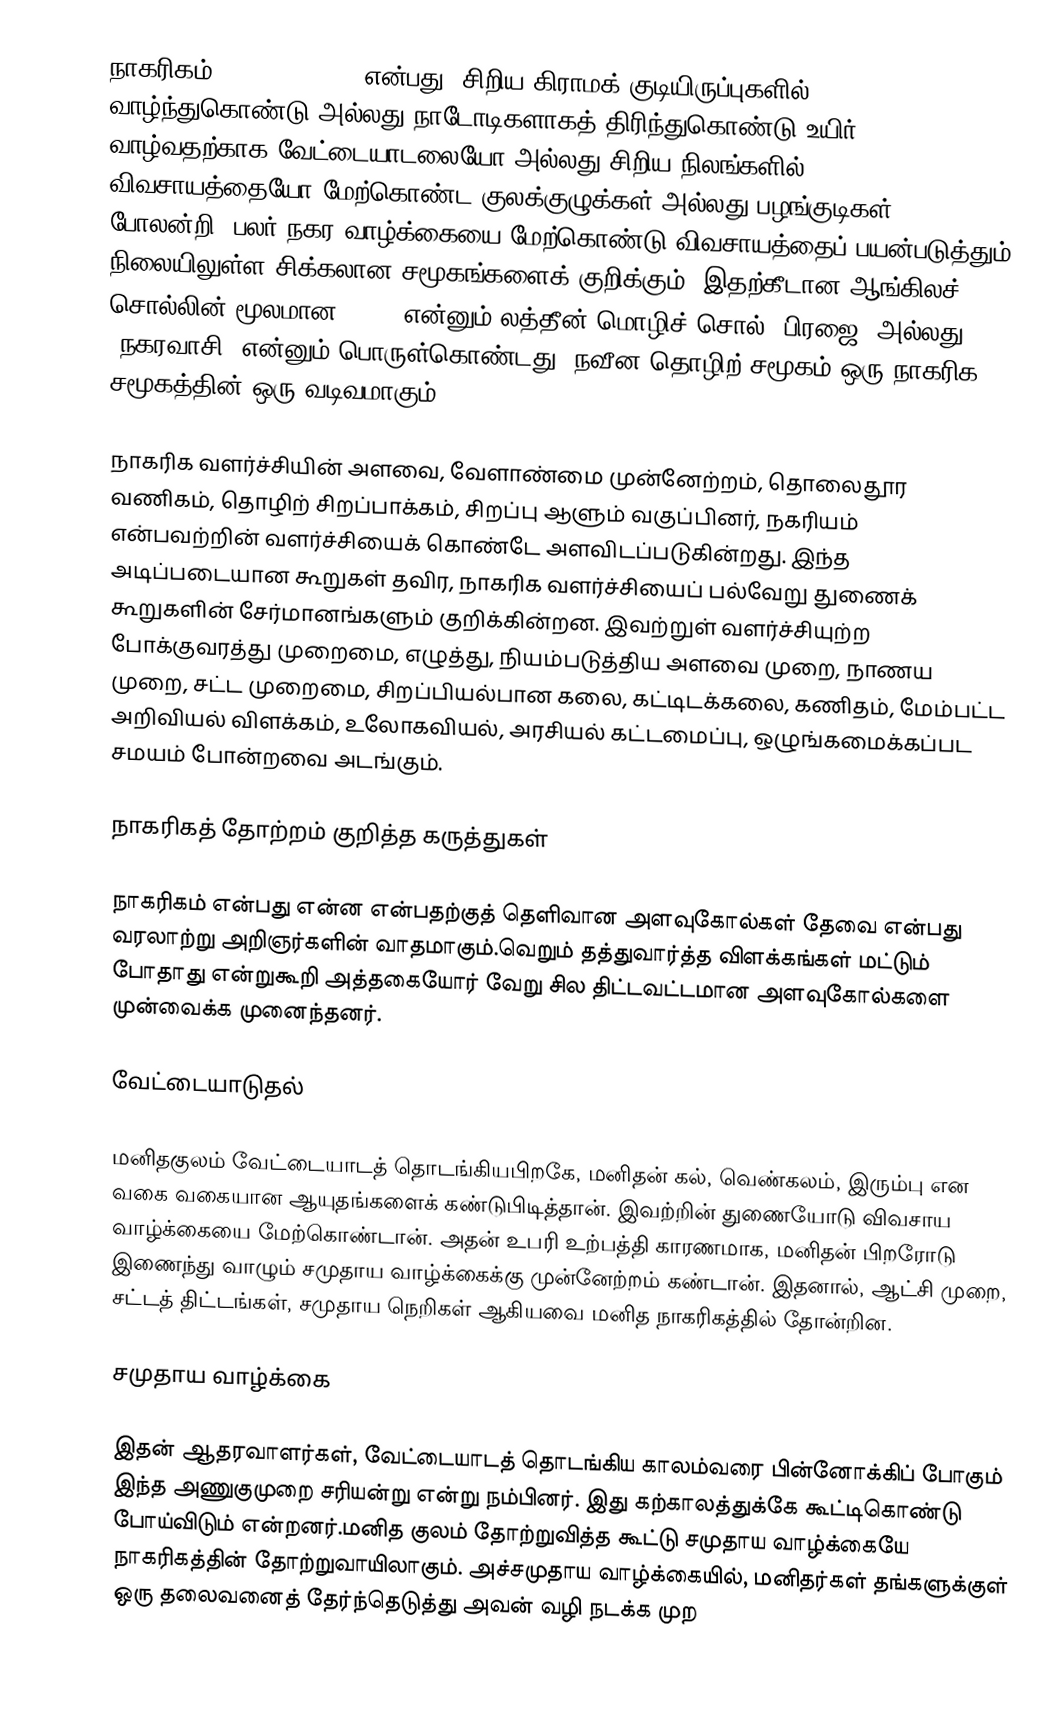
நாகரிகம் (civilization) என்பது, சிறிய கிராமக் குடியிருப்புகளில் வாழ்ந்துகொண்டு அல்லது நாடோடிகளாகத் திரிந்துகொண்டு உயிர் வாழ்வதற்காக வேட்டையாடலையோ அல்லது சிறிய நிலங்களில் விவசாயத்தையோ மேற்கொண்ட குலக்குழுக்கள் அல்லது பழங்குடிகள் போலன்றி, பலர் நகர வாழ்க்கையை மேற்கொண்டு விவசாயத்தைப் பயன்படுத்தும் நிலையிலுள்ள சிக்கலான சமூகங்களைக் குறிக்கும். இதற்கீடான ஆங்கிலச் சொல்லின் மூலமான civis என்னும் லத்தீன் மொழிச் சொல் "பிரஜை" அல்லது "நகரவாசி" என்னும் பொருள்கொண்டது. நவீன தொழிற் சமூகம் ஒரு நாகரிக சமூகத்தின் ஒரு வடிவமாகும்.

நாகரிக வளர்ச்சியின் அளவை, வேளாண்மை முன்னேற்றம், தொலைதூர வணிகம், தொழிற் சிறப்பாக்கம், சிறப்பு ஆளும் வகுப்பினர், நகரியம் என்பவற்றின் வளர்ச்சியைக் கொண்டே அளவிடப்படுகின்றது. இந்த அடிப்படையான கூறுகள் தவிர, நாகரிக வளர்ச்சியைப் பல்வேறு துணைக் கூறுகளின் சேர்மானங்களும் குறிக்கின்றன. இவற்றுள் வளர்ச்சியுற்ற போக்குவரத்து முறைமை, எழுத்து, நியம்படுத்திய அளவை முறை, நாணய முறை, சட்ட முறைமை, சிறப்பியல்பான கலை, கட்டிடக்கலை, கணிதம், மேம்பட்ட அறிவியல் விளக்கம், உலோகவியல், அரசியல் கட்டமைப்பு, ஒழுங்கமைக்கப்பட சமயம் போன்றவை அடங்கும்.

நாகரிகத் தோற்றம் குறித்த கருத்துகள்

நாகரிகம் என்பது என்ன என்பதற்குத் தெளிவான அளவுகோல்கள் தேவை என்பது வரலாற்று அறிஞர்களின் வாதமாகும்.வெறும் தத்துவார்த்த விளக்கங்கள் மட்டும் போதாது என்றுகூறி அத்தகையோர் வேறு சில திட்டவட்டமான அளவுகோல்களை முன்வைக்க முனைந்தனர்.

வேட்டையாடுதல்

மனிதகுலம் வேட்டையாடத் தொடங்கியபிறகே, மனிதன் கல், வெண்கலம், இரும்பு என வகை வகையான ஆயுதங்களைக் கண்டுபிடித்தான். இவற்றின் துணையோடு விவசாய வாழ்க்கையை மேற்கொண்டான். அதன் உபரி உற்பத்தி காரணமாக, மனிதன் பிறரோடு இணைந்து வாழும் சமுதாய வாழ்க்கைக்கு முன்னேற்றம் கண்டான். இதனால், ஆட்சி முறை, சட்டத் திட்டங்கள், சமுதாய நெறிகள் ஆகியவை மனித நாகரிகத்தில் தோன்றின.

சமுதாய வாழ்க்கை

இதன் ஆதரவாளர்கள், வேட்டையாடத் தொடங்கிய காலம்வரை பின்னோக்கிப் போகும் இந்த அணுகுமுறை சரியன்று என்று நம்பினர். இது கற்காலத்துக்கே கூட்டிகொண்டு போய்விடும் என்றனர்.மனித குலம் தோற்றுவித்த கூட்டு சமுதாய வாழ்க்கையே நாகரிகத்தின் தோற்றுவாயிலாகும். அச்சமுதாய வாழ்க்கையில், மனிதர்கள் தங்களுக்குள் ஒரு தலைவனைத் தேர்ந்தெடுத்து அவன் வழி நடக்க முற